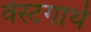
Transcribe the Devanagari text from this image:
वेस्टगार्थ